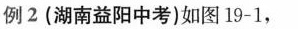
例2(湖南益阳中考)如图19-1，